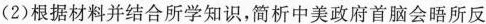
(2)根据材料并结合所学知识，简析中美政府首脑会晤所反